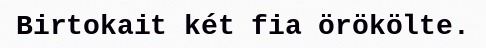
Birtokait két fia örökölte.